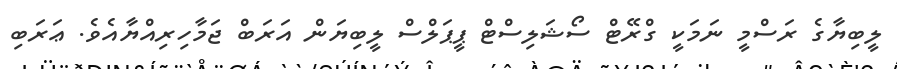
ލީބިޔާގެ ރަސްމީ ނަމަކީ ގްރޭޓް ސޯޝަލިސްޓް ޕީޕަލްސް ލީބިޔަން އަރަބް ޖަމާހިރިއްޔާއެވެ. ޢަރަބި